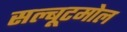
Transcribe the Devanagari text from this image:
सल्बूटमोल